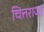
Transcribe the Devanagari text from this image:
चित्तराजा